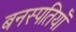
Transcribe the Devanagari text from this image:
बनस्पतियाँ